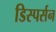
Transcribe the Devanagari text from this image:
डिस्पर्सन